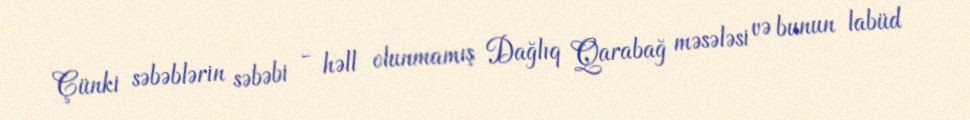
Çünki səbəblərin səbəbi - həll olunmamış Dağlıq Qarabağ məsələsi və bunun labüd